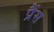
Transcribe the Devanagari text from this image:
प्रैंस